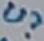
Text: U?